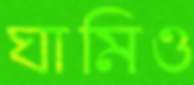
ঘামিও